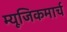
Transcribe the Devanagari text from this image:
म्यूजिकमार्च